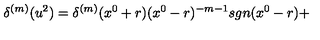
{ \delta } ^ { ( m ) } ( u ^ { 2 } ) = { \delta } ^ { ( m ) } ( x ^ { 0 } + r ) ( x ^ { 0 } - r ) ^ { - m - 1 } s g n ( x ^ { 0 } - r ) +